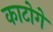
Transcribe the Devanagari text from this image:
काटोगे